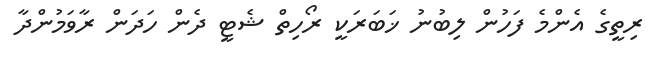
ރިތީގެ އެންމެ ފަހުން ލިބުނު ޚަބަރަކީ ރޯހިތް ޝެޓީ ދެން ހަދަން ރާވަމުންދާ